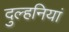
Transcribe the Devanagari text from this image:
दुल्हनियां